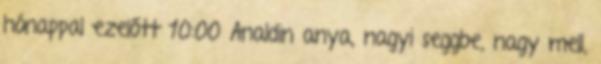
hónappal ezelőtt 10:00 Analdin anya, nagyi seggbe, nagy mell,